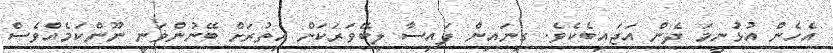
އެހެން އުޅުނީމަ ދެން އަޖައިބެކެވެ. ގިނައިން ފައިސާ ލިބޭވަރަކަށް އިތުރަށް ބޭނުންވަނީ ނޫންކަމެއްވެސް